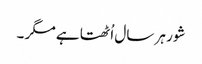
شور ہر سال اُٹھتا ہے مگر ۔